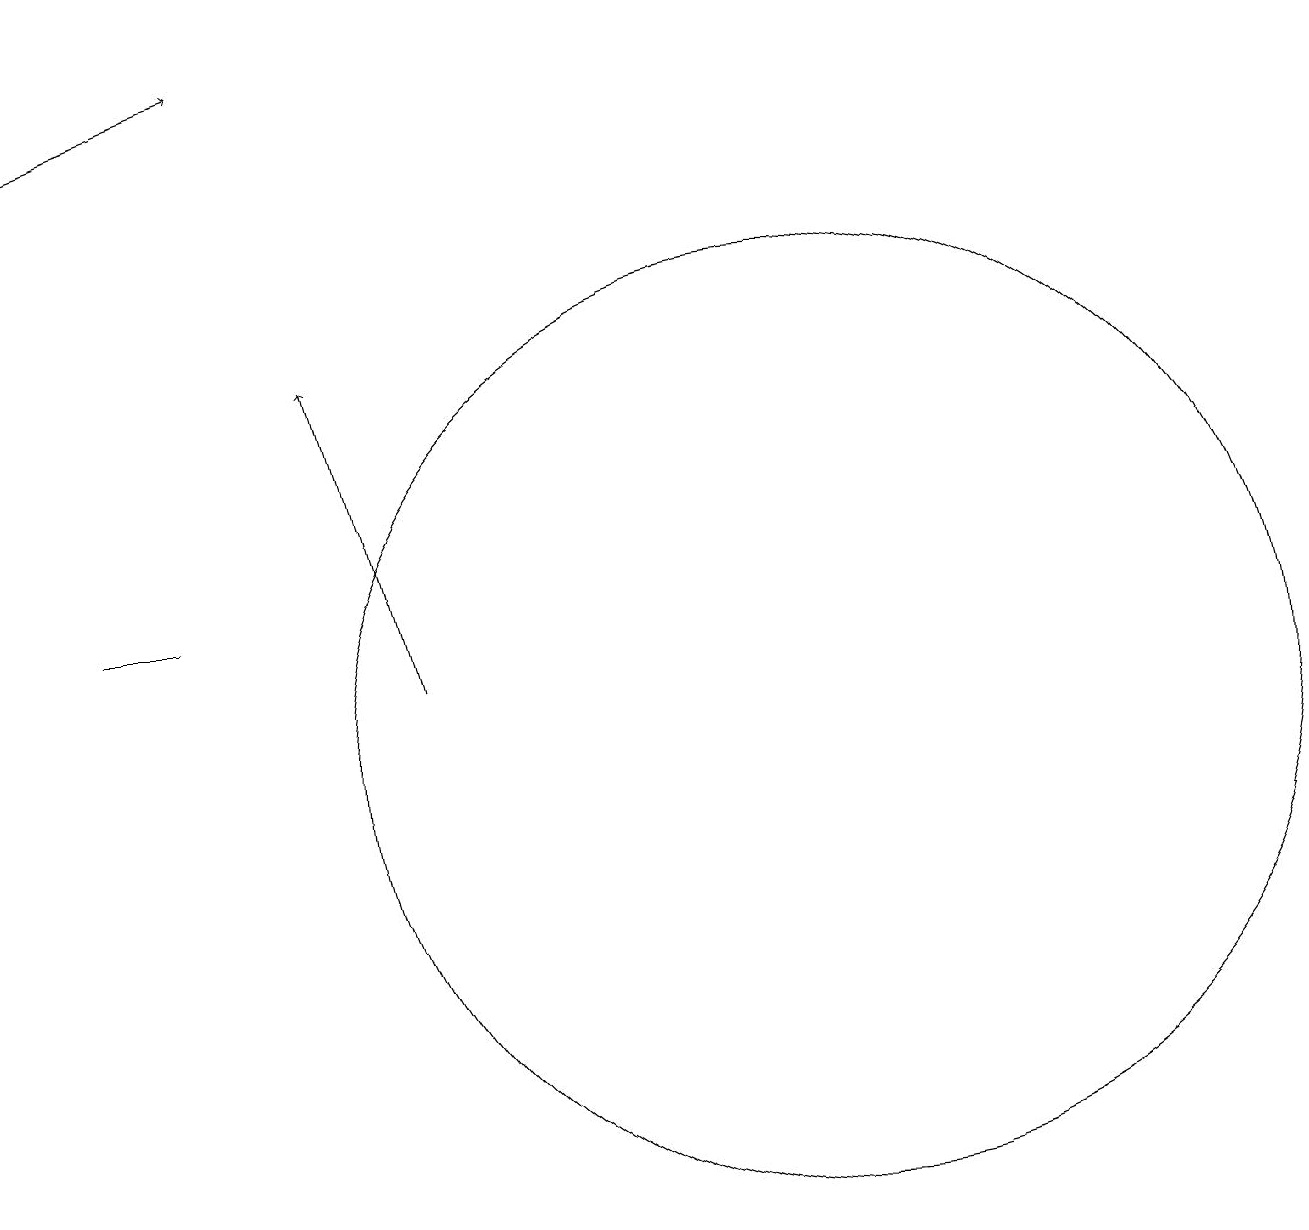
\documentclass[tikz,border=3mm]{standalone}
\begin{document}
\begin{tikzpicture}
\draw (1,12) rectangle (2,12);
\draw[->] (5,11) -- (4,15);
\draw (10,10) circle (6);
\draw[->] (0,18) -- (3,19);
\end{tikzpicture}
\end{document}